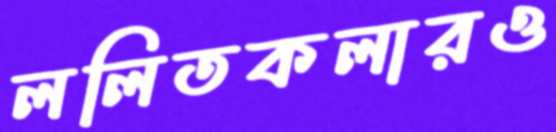
ললিতকলারও